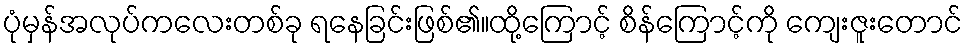
ပုံမှန်အလုပ်ကလေးတစ်ခု ရနေခြင်းဖြစ်၏။ထို့ကြောင့် စိန်ကြောင့်ကို ကျေးဇူးတောင်